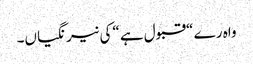
واہ رے “قبول ہے “کی نیرنگیاں۔